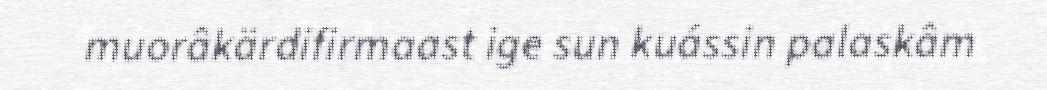
muorâkärdifirmaast ige sun kuássin palaskâm